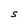
Character: S